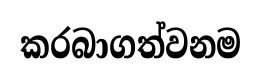
කරබාගත්වනම